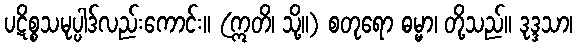
ပဋိစ္စသမုပ္ပါဒ်လည်းကောင်း။ (ဣတိ၊ သို့။) စတုရော ဓမ္မာ၊ တို့သည်။ ဒုဒ္ဒသာ၊